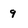
Character: g